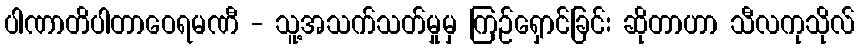
ပါဏာတိပါတာဝေရမဏီ - သူ့အသက်သတ်မှုမှ ကြဉ်ရှောင်ခြင်း ဆိုတာဟာ သီလကုသိုလ်